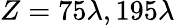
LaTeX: Z=75\lambda,195\lambda